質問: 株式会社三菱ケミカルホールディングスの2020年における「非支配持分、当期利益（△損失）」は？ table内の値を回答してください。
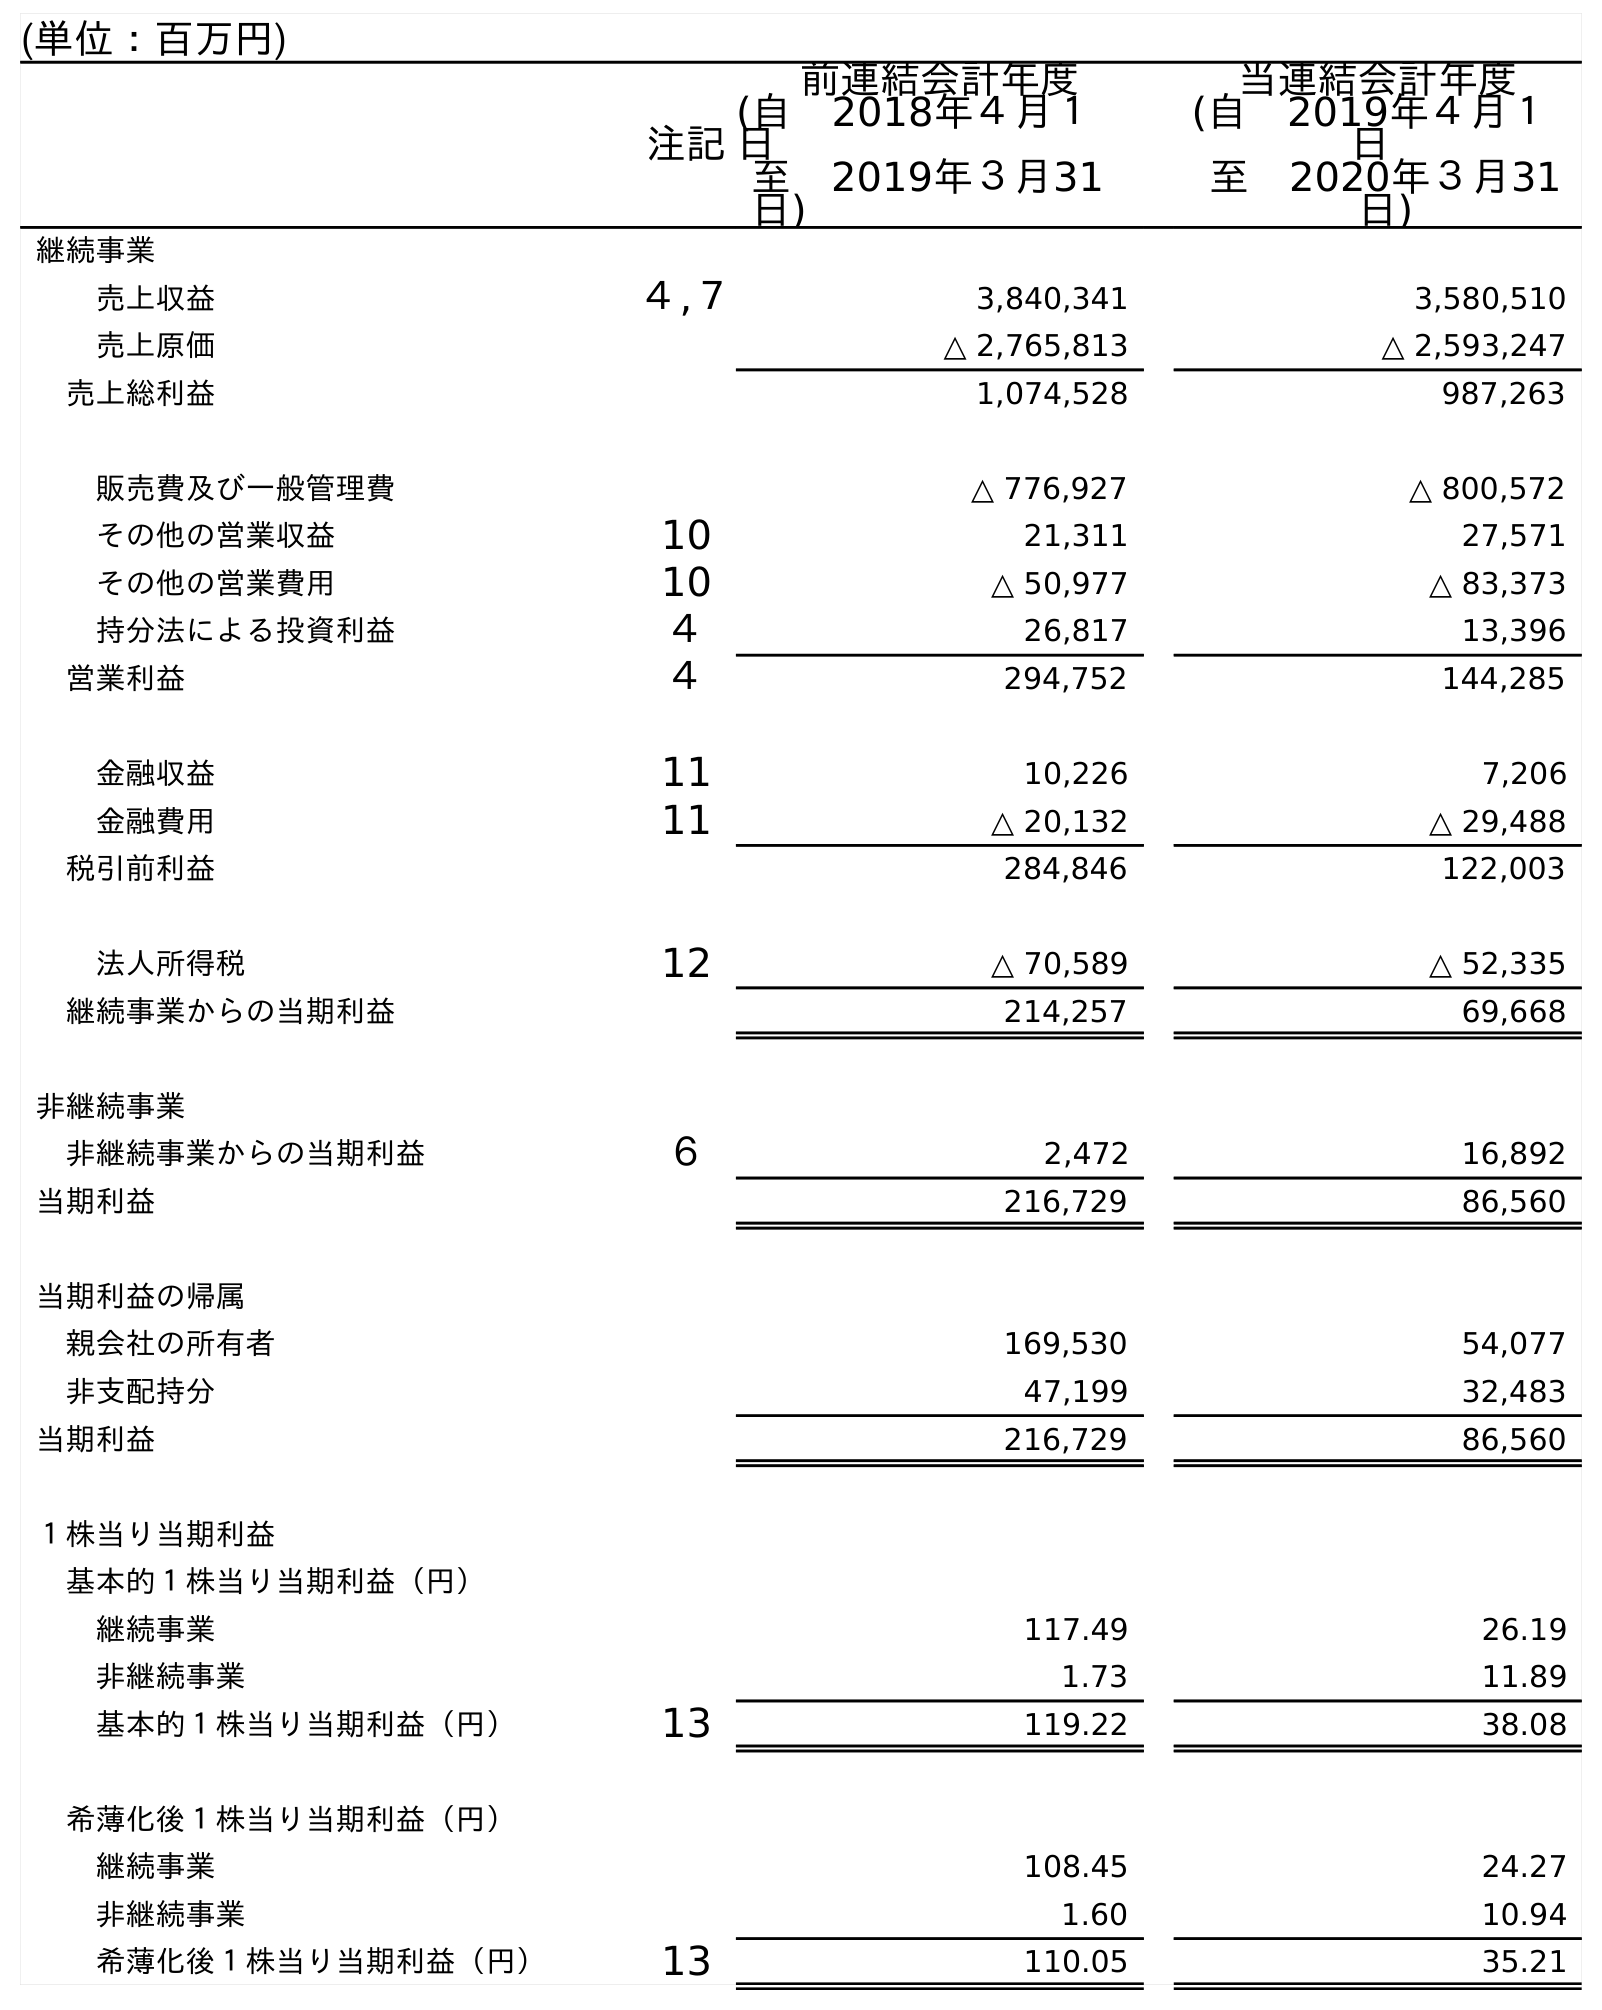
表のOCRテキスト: (単位：百万円) 注記 前連結会計年度 (自 2018年４月１ 日 至 2019年３月31 日) 当連結会計年度 (自 2019年４月１ 日 至 2020年３月31 日) 継続事業 売上収益 ４,７ 3,840,341 3,580,510 売上原価 △ 2,765,813 △ 2,593,247 売上総利益 1,074,528 987,263 販売費及び一般管理費 △ 776,927 △ 800,572 その他の営業収益 10 21,311 27,571 その他の営業費用 10 △ 50,977 △ 83,373 持分法による投資利益 ４ 26,817 13,396 営業利益 ４ 294,752 144,285 金融収益 11 10,226 7,206 金融費用 11 △ 20,132 △ 29,488 税引前利益 284,846 122,003 法人所得税 12 △ 70,589 △ 52,335 継続事業からの当期利益 214,257 69,668 非継続事業 非継続事業からの当期利益 ６ 2,472 16,892 当期利益 216,729 86,560 当期利益の帰属 親会社の所有者 169,530 54,077 非支配持分 47,199 32,483 当期利益 216,729 86,560 １株当り当期利益 基本的１株当り当期利益（円） 継続事業 117.49 26.19 非継続事業 1.73 11.89 基本的１株当り当期利益（円） 13 119.22 38.08 希薄化後１株当り当期利益（円） 継続事業 108.45 24.27 非継続事業 1.60 10.94 希薄化後１株当り当期利益（円） 13 110.05 35.21
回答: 32,483